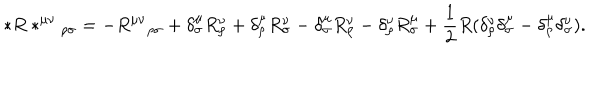
* R * ^ { \mu \nu } { } { } _ { \rho \sigma } = - R ^ { \mu \nu } { } { } _ { \rho \sigma } + \delta _ { \sigma } ^ { \mu } R _ { \rho } ^ { \nu } + \delta _ { \rho } ^ { \mu } R _ { \sigma } ^ { \nu } - \delta _ { \sigma } ^ { \mu } R _ { \rho } ^ { \nu } - \delta _ { \rho } ^ { \nu } R _ { \sigma } ^ { \mu } + \frac { 1 } { 2 } R ( \delta _ { \rho } ^ { \nu } \delta _ { \sigma } ^ { \mu } - \delta _ { \rho } ^ { \mu } \delta _ { \sigma } ^ { \nu } ) .